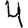
Digit: 4